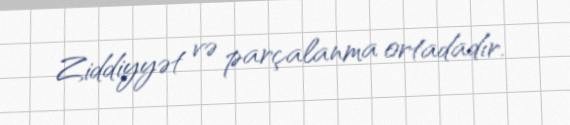
Ziddiyyət və parçalanma ortadadır.